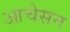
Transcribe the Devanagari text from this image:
आचेसन